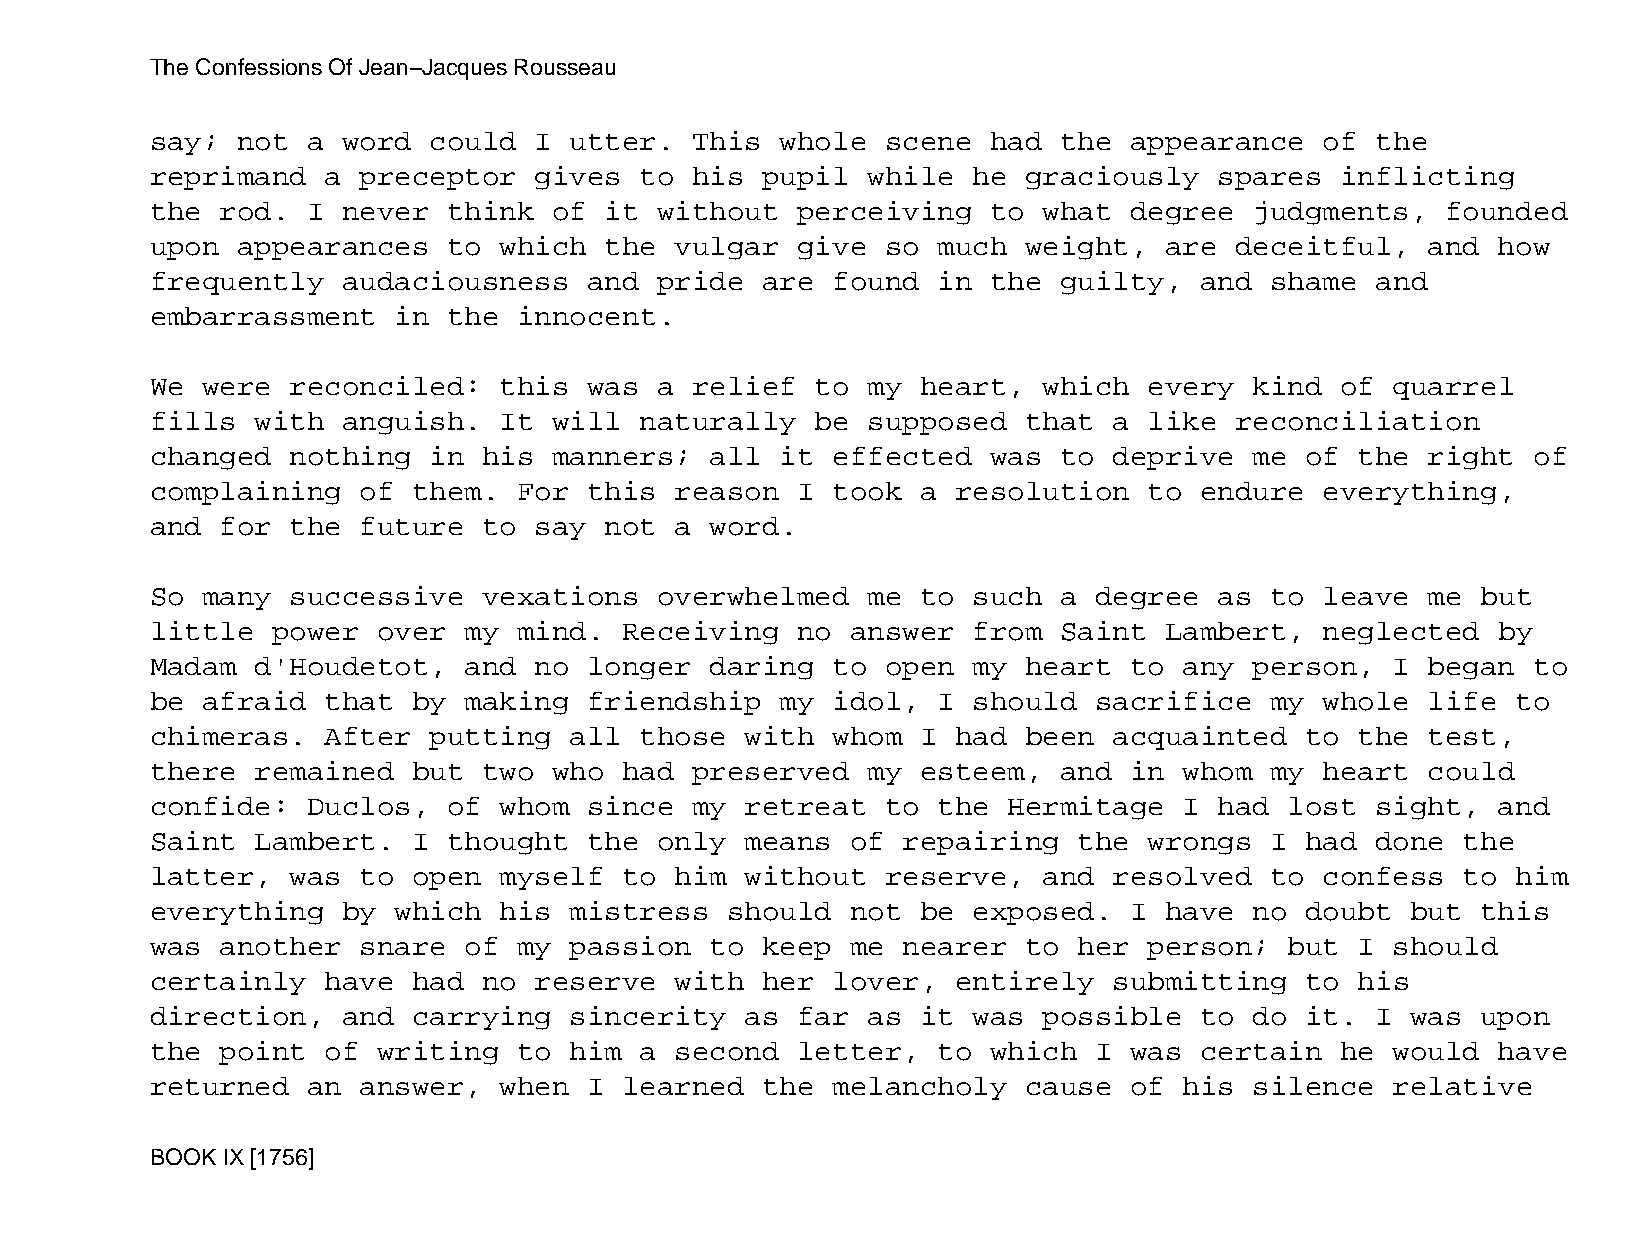
The Confessions Of Jean−Jacques Rousseau
 say;  not a  word could  I  utter.  This  whole  scene  had the  appearance   of the
 reprimand   a preceptor  gives  to  his pupil  while  he  graciously   spares  inflicting
 the  rod. I  never  think  of it  without  perceiving   to what  degree  judgments,   founded
 upon  appearances   to which  the  vulgar  give  so much  weight,  are  deceitful,   and how
 frequently   audaciousness   and  pride are  found  in  the guilty,  and  shame  and
 embarrassment   in  the innocent.
 We were  reconciled:   this  was  a relief  to my  heart,  which  every  kind  of quarrel
 fills  with  anguish.  It  will naturally   be supposed   that  a like  reconciliation
 changed  nothing  in  his  manners;  all  it effected   was to  deprive  me of  the  right of
 complaining   of them.  For  this  reason  I took  a resolution   to endure   everything,
 and  for the  future  to say  not  a word.
 So many  successive   vexations   overwhelmed  me  to such  a degree   as to  leave  me but
 little  power  over  my mind.  Receiving   no answer  from  Saint  Lambert,   neglected  by
 Madam  d'Houdetot,   and no  longer  daring  to  open my  heart  to any  person,  I  began to
 be afraid   that by  making  friendship   my idol,  I should  sacrifice   my  whole  life to
 chimeras.   After putting   all those  with  whom  I had  been  acquainted  to  the  test,
 there  remained  but  two  who had  preserved  my  esteem,  and  in whom  my  heart  could
 confide:  Duclos,   of whom  since  my retreat   to the  Hermitage  I  had lost  sight,  and
 Saint  Lambert.  I  thought  the  only means  of  repairing  the  wrongs  I had  done  the
 latter,  was  to open  myself  to  him without   reserve,  and  resolved  to  confess  to him
 everything   by which  his  mistress  should  not  be exposed.   I have  no doubt  but  this
 was  another  snare  of my  passion  to keep  me  nearer  to her  person;  but  I should
 certainly   have had  no reserve   with her  lover,  entirely   submitting  to  his
 direction,   and carrying   sincerity  as  far as  it was  possible  to  do it.  I was  upon
 the  point  of writing  to  him a  second  letter,  to  which I  was certain   he would  have
 returned  an  answer,  when  I learned  the  melancholy   cause  of his  silence  relative
 BOOK IX [1756]